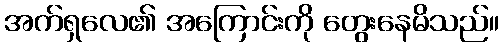
အက်ရှလေ၏ အကြောင်းကို တွေးနေမိသည်။